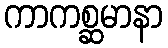
ကာကစ္ဆမာနာ